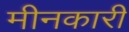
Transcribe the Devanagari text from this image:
मीनकारी